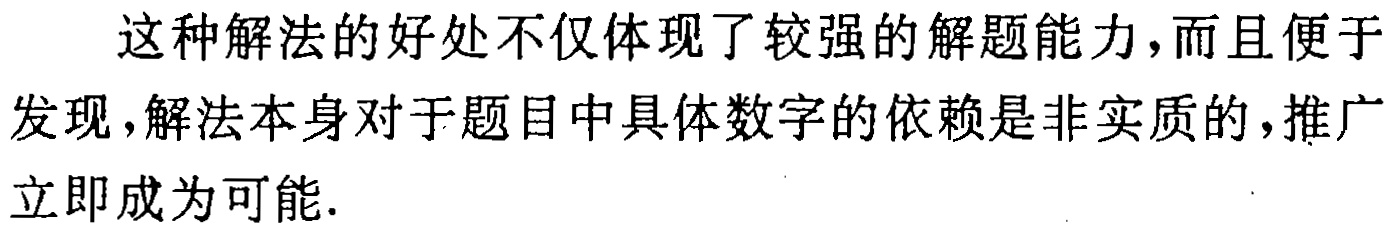
这种解法的好处不仅体现了较强的解题能力，而且便于发现，解法本身对于题目中具体数字的依赖是非实质的，推广立即成为可能.